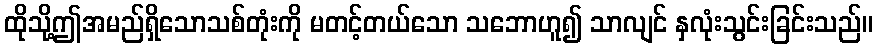
ထိုသို့ဤအမည်ရှိသောသစ်တုံးကို မတင့်တယ်သော သဘောဟူ၍ သာလျင် နှလုံးသွင်းခြင်းသည်။